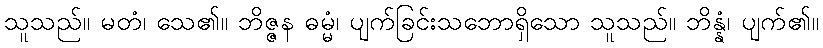
သူသည်။ မတံ၊ သေ၏။ ဘိဇ္ဇန ဓမ္မံ၊ ပျက်ခြင်းသဘောရှိသော သူသည်။ ဘိန္နံ၊ ပျက်၏။